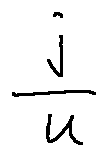
\frac { j } { u }